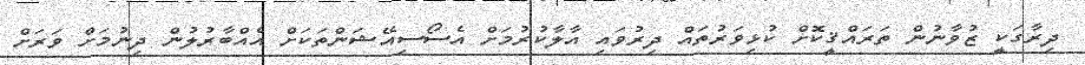
ދިރާގަކީ ޒުވާނުން ތަރައްޤީކޮށް ކުޅިވަރުތައް ދިރުވައި އާލާކުރުމަށް އެސޯސިއޭޝަންތަކަށް އެއްބާރުލުން ދިނުމަށް ވަރަށް